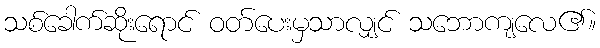
သစ်ခေါက်ဆိုးရောင် ဝတ်ပေးမှသာလျှင် သဘောကျလေ၏။